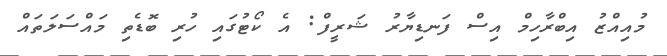
މުއިއްޒު އިބްރާހިމް އިސް ފަނޑިޔާރު ޝަރީފް: އެ ކޯޓުގައި ހުރި ބޮޑެތި މައްސަލަތައް